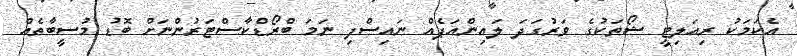
އެކަމަކު ރިއަލިޓީ ޝޯތަކުގެ ވަރުގަދަ ލައިންއަޕެއް ނައިސްފި ނަމަ ބްރޯޑްކާސްޓަރުންނަށް ބޮޑު މުސީބާތެއް